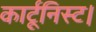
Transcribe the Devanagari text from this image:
कार्टूनिस्ट।